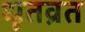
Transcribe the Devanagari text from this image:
धृतव्रत